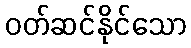
ဝတ်ဆင်နိုင်သော